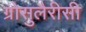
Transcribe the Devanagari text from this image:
ग्रोसुलैरीसी